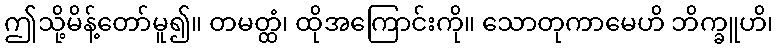
ဤသို့မိန့်တော်မူ၍။ တမတ္ထံ၊ ထိုအကြောင်းကို။ သောတုကာမေဟိ ဘိက္ခူဟိ၊